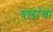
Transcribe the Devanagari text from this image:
बलांचा